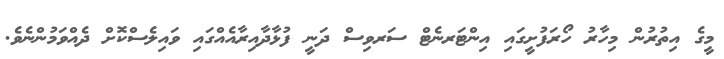
މީގެ އިތުރުން މިހާރު ހޯރަފުށީގައި އިންޓަރނެޓް ސަރވިސް ދަނީ ފުޅާދާއިރާއެއްގައި ވައިލެސްކޮށް ދެއްވަމުންނެވެ.